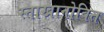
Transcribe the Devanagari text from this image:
स्ताखानोवित